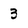
Character: 3